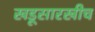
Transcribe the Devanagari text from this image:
खडूसारखीच